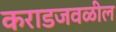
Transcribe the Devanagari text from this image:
कराडजवळील